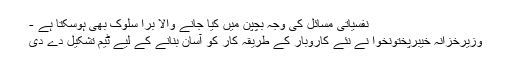
نفسیاتی مسائل کی وجہ بچپن میں کیا جانے والا برا سلوک بھی ہوسکتا ہے -
وزیرخزانہ خیبرپختونخوا نے نئے کاروبار کے طریقہ کار کو آسان بنانے کے لیے ٹیم تشکیل دے دی